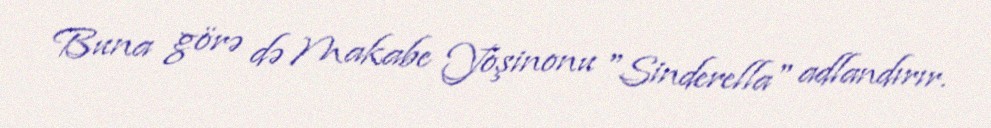
Buna görə də Makabe Yoşinonu "Sinderella" adlandırır.